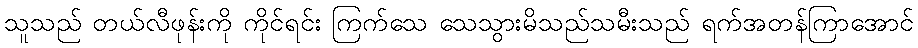
သူသည် တယ်လီဖုန်းကို ကိုင်ရင်း ကြက်သေ သေသွားမိသည်သမီးသည် ရက်အတန်ကြာအောင်